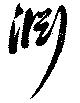
淵